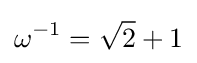
\omega ^{-1}={\sqrt {2}}+1